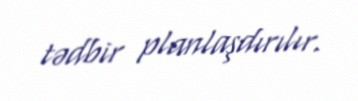
tədbir planlaşdırılır.